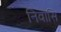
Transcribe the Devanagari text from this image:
निवासि